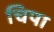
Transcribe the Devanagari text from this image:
चिपा